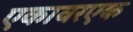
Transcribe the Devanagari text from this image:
एकावरएक